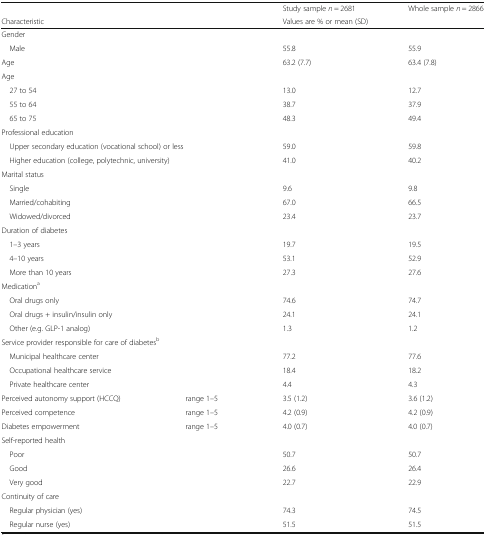
<table><thead><tr><td colspan="2"></td><td><b>Study sample <i>n</i> = 2681</b></td><td><b>Whole sample <i>n</i> = 2866</b></td></tr><tr><td colspan="2"><b>Characteristic</b></td><td colspan="2"><b>Values are % or mean (SD)</b></td></tr></thead><tbody><tr><td colspan="4">Gender</td></tr><tr><td colspan="2"> Male</td><td>55.8</td><td>55.9</td></tr><tr><td colspan="2">Age</td><td>63.2 (7.7)</td><td>63.4 (7.8)</td></tr><tr><td colspan="4">Age</td></tr><tr><td colspan="2"> 27 to 54</td><td>13.0</td><td>12.7</td></tr><tr><td colspan="2"> 55 to 64</td><td>38.7</td><td>37.9</td></tr><tr><td colspan="2"> 65 to 75</td><td>48.3</td><td>49.4</td></tr><tr><td colspan="2">Professional education</td><td></td><td></td></tr><tr><td colspan="2"> Upper secondary education (vocational school) or less</td><td>59.0</td><td>59.8</td></tr><tr><td colspan="2"> Higher education (college, polytechnic, university)</td><td>41.0</td><td>40.2</td></tr><tr><td colspan="4">Marital status</td></tr><tr><td colspan="2"> Single</td><td>9.6</td><td>9.8</td></tr><tr><td colspan="2"> Married/cohabiting</td><td>67.0</td><td>66.5</td></tr><tr><td colspan="2"> Widowed/divorced</td><td>23.4</td><td>23.7</td></tr><tr><td colspan="4">Duration of diabetes</td></tr><tr><td colspan="2"> 1–3 years</td><td>19.7</td><td>19.5</td></tr><tr><td colspan="2"> 4–10 years</td><td>53.1</td><td>52.9</td></tr><tr><td colspan="2"> More than 10 years</td><td>27.3</td><td>27.6</td></tr><tr><td colspan="4">Medication<sup>a</sup></td></tr><tr><td colspan="2"> Oral drugs only</td><td>74.6</td><td>74.7</td></tr><tr><td colspan="2"> Oral drugs + insulin/insulin only</td><td>24.1</td><td>24.1</td></tr><tr><td colspan="2"> Other (e.g. GLP-1 analog)</td><td>1.3</td><td>1.2</td></tr><tr><td colspan="3">Service provider responsible for care of diabetes<sup>b</sup></td><td></td></tr><tr><td colspan="2"> Municipal healthcare center</td><td>77.2</td><td>77.6</td></tr><tr><td colspan="2"> Occupational healthcare service</td><td>18.4</td><td>18.2</td></tr><tr><td colspan="2"> Private healthcare center</td><td>4.4</td><td>4.3</td></tr><tr><td>Perceived autonomy support (HCCQ)</td><td>range 1–5</td><td>3.5 (1.2)</td><td>3.6 (1.2)</td></tr><tr><td>Perceived competence</td><td>range 1–5</td><td>4.2 (0.9)</td><td>4.2 (0.9)</td></tr><tr><td>Diabetes empowerment</td><td>range 1–5</td><td>4.0 (0.7)</td><td>4.0 (0.7)</td></tr><tr><td colspan="4">Self-reported health</td></tr><tr><td colspan="2"> Poor</td><td>50.7</td><td>50.7</td></tr><tr><td colspan="2"> Good</td><td>26.6</td><td>26.4</td></tr><tr><td colspan="2"> Very good</td><td>22.7</td><td>22.9</td></tr><tr><td colspan="4">Continuity of care</td></tr><tr><td colspan="2"> Regular physician (yes)</td><td>74.3</td><td>74.5</td></tr><tr><td colspan="2"> Regular nurse (yes)</td><td>51.5</td><td>51.5</td></tr></tbody></table>